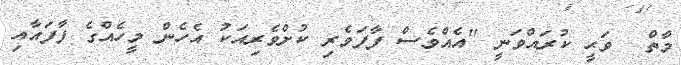
މާތް  ވަޙީ ކުރައްވަނީ ''އެއްވެސް ފާފަވެރި ކުށްވެރިއަކު އެހެން މީހެއްގެ ފާފައާއި